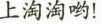
上淘淘哟！